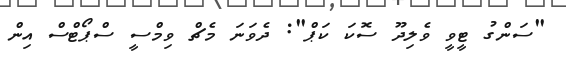
"ސަންގު ޓީވީ ވެލިދޫ ސޮކަ ކަޕް": ދެވަނަ މެޗް ވިމްސީ ސްޕޯޓްސް އިން